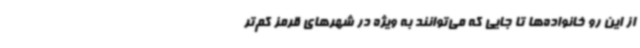
از این رو خانواده‌ها تا جایی که می‌توانند به ویژه در شهرهای قرمز کم‌تر